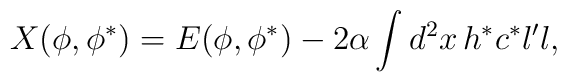
X(\phi ,\phi ^{\ast })=E(\phi ,\phi ^{\ast })-2\alpha \int d^{2}x\,h^{\ast}c^{\ast }l^{\prime }l,